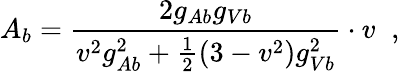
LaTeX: A_{b}=\frac{2g_{Ab}g_{Vb}}{v^{2}g_{Ab}^{2}+\frac{1}{2}(3-v^{2})g_{Vb}^{2}}\cdot v\; \; ,